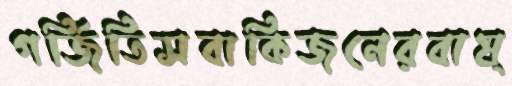
গর্জিতিসবাকিজনেরবাষ্